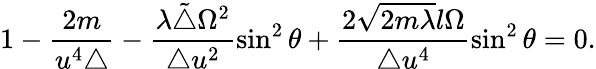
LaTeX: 1-\frac{2m}{u^{4}\triangle}-\frac{\lambda\tilde{\triangle}\Omega^{2}}{\triangle u^{2}}\sin^{2}\theta+\frac{2\sqrt{2m\lambda}l\Omega}{\triangle u^{4}}\sin^{2}\theta=0.